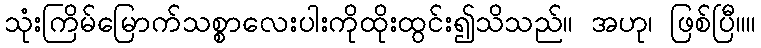
သုံးကြိမ်မြောက်သစ္စာလေးပါးကိုထိုးထွင်း၍သိသည်။ အဟု၊ ဖြစ်ပြီ။။